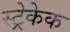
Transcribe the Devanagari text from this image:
स्ट्रेकेक